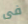
فى